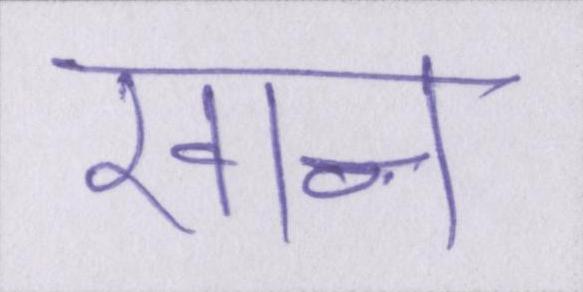
खान